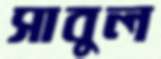
সাবুল